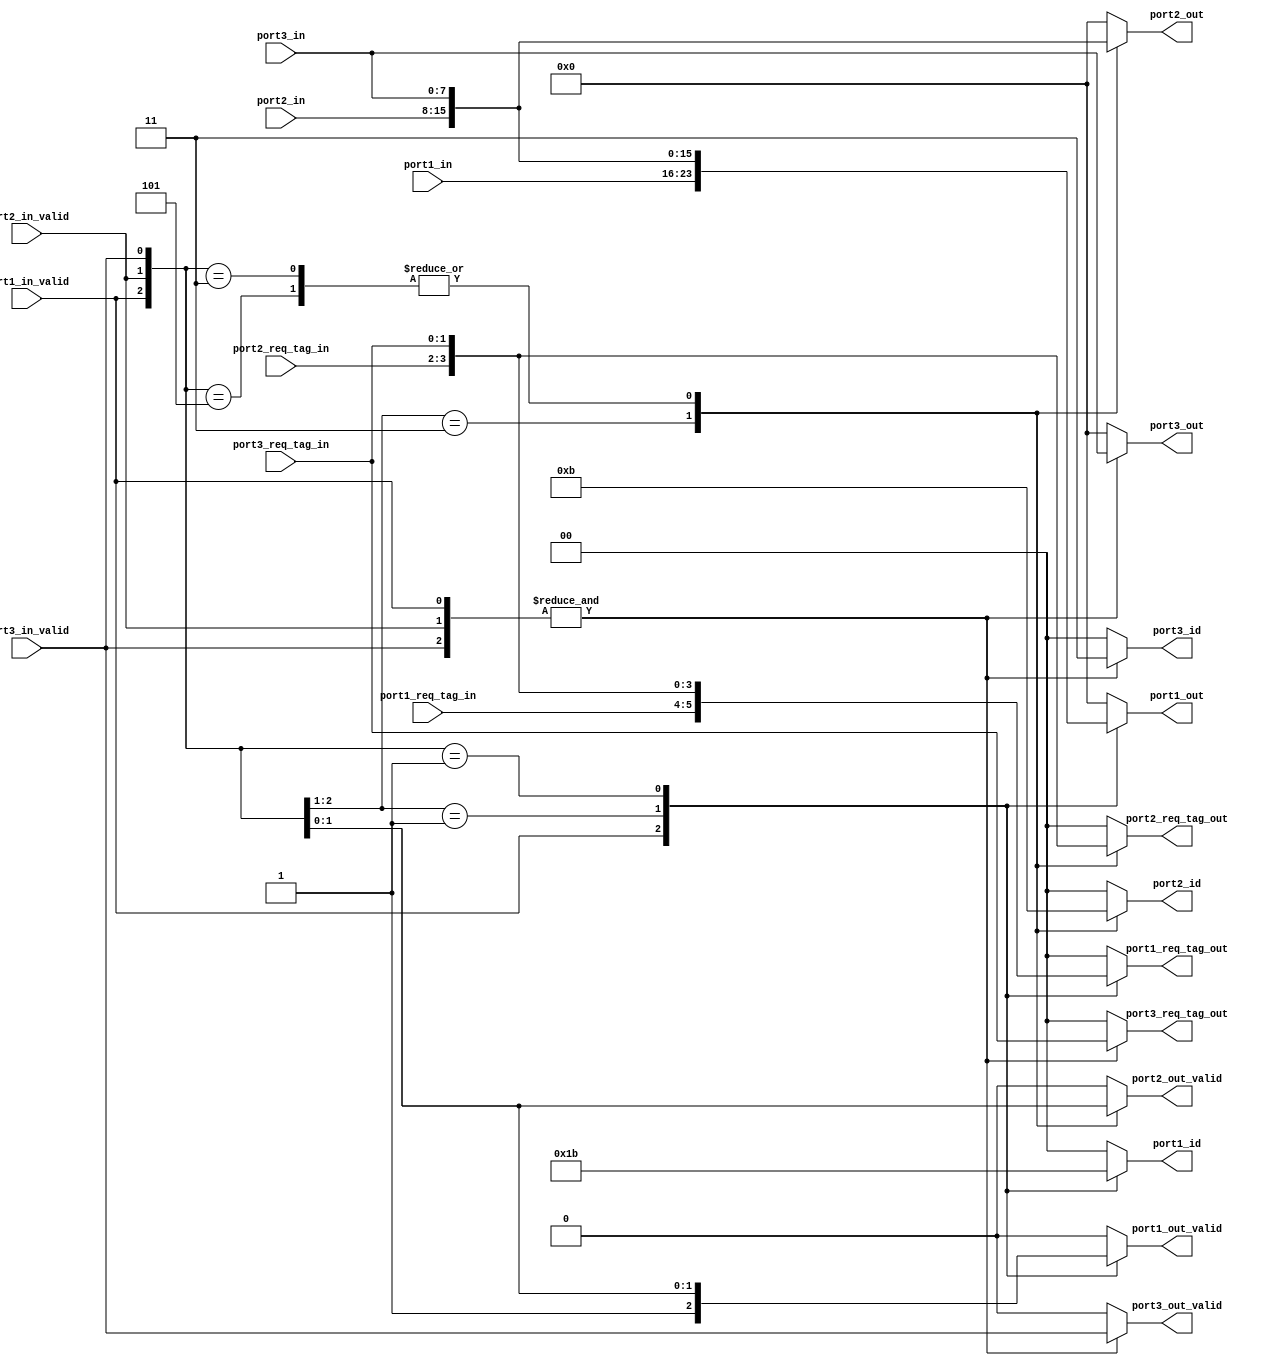
module validity_filter #(parameter WIDTH=8) (
    input   wire    [WIDTH-1:0]     port1_in,
    input   wire    [1:0]           port1_req_tag_in,
    input   wire                    port1_in_valid,
    input   wire    [WIDTH-1:0]     port2_in,
    input   wire    [1:0]           port2_req_tag_in,
    input   wire                    port2_in_valid,
    input   wire    [WIDTH-1:0]     port3_in,
    input   wire    [1:0]           port3_req_tag_in,
    input   wire                    port3_in_valid,
    
    output  reg     [1:0]           port1_id,
    output  reg     [1:0]           port1_req_tag_out,                 
    output  reg     [WIDTH-1:0]     port1_out,
    output  reg                     port1_out_valid,
    output  reg     [1:0]           port2_id,
    output  reg     [1:0]           port2_req_tag_out,
    output  reg     [WIDTH-1:0]     port2_out,
    output  reg                     port2_out_valid,
    output  reg     [1:0]           port3_id,
    output  reg     [1:0]           port3_req_tag_out,
    output  reg     [WIDTH-1:0]     port3_out,
    output  reg                     port3_out_valid    
);

localparam PORT_ID_1       = 1;
localparam PORT_ID_2       = 2;    
localparam PORT_ID_3       = 3;
localparam PORT_ID_INVALID = 0;
    
    always @ (*) begin
        casez({port1_in_valid, port2_in_valid, port3_in_valid})
            3'b1??  :   begin
                port1_out           = port1_in;
                port1_out_valid     = port1_in_valid;
                port1_id            = PORT_ID_1;
                port1_req_tag_out   = port1_req_tag_in;
            end
            3'b01?  : begin
                port1_out           = port2_in;
                port1_out_valid     = port2_in_valid;
                port1_id            = PORT_ID_2;
                port1_req_tag_out   = port2_req_tag_in;
            end
            3'b001 : begin
                port1_out           = port3_in;
                port1_out_valid     = port3_in_valid;
                port1_id            = PORT_ID_3;
                port1_req_tag_out   = port3_req_tag_in;
            end
            default : begin
                port1_out           = 0;
                port1_out_valid     = 0;
                port1_id            = 0;
                port1_req_tag_out   = 0;
            end    
        endcase
        
        casez({port1_in_valid, port2_in_valid, port3_in_valid})
            3'b11?  :   begin
                port2_out           = port2_in;
                port2_out_valid     = port2_in_valid;
                port2_id            = PORT_ID_2;
                port2_req_tag_out   = port2_req_tag_in;
            end
            3'b011, 3'b101  : begin
                port2_out           = port3_in;
                port2_out_valid     = port3_in_valid;
                port2_id            = PORT_ID_3;
                port2_req_tag_out   = port3_req_tag_in;
            end
            default : begin
                port2_out           = 0;
                port2_out_valid     = 0;
                port2_id            = 0;
                port2_req_tag_out   = 0;
            end    
        endcase
        
        case(&({port1_in_valid, port2_in_valid, port3_in_valid}))
            1'b1    :   begin
                port3_out           = port3_in;
                port3_out_valid     = port3_in_valid;
                port3_id            = PORT_ID_3;
                port3_req_tag_out   = port3_req_tag_in;
            end

            default : begin
                port3_out           = 0;
                port3_out_valid     = 0;
                port3_id            = 0;
                port3_req_tag_out   = 0;
            end
        endcase
    end

endmodule